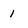
Character: 1